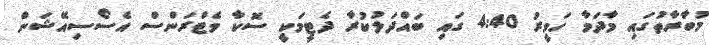
މުބާރާތުގައި މާދަމާ ހަވީރު 4:40 ގައި ބައްދަލުކުރާ ދެޓީމަކީ ސޮކާ ވެޓްރަންސް އެސޯސިއޭޝަން